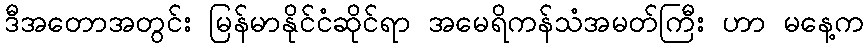
ဒီအတောအတွင်း မြန်မာနိုင်ငံဆိုင်ရာ အမေရိကန်သံအမတ်ကြီး ဟာ မနေ့က